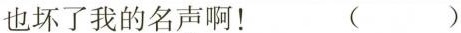
也坏了我的名声啊！( )